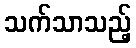
သက်သာသည့်